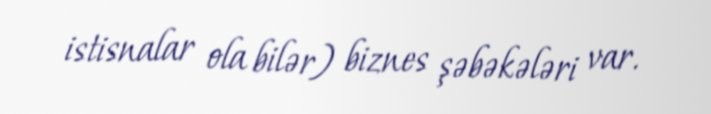
istisnalar ola bilər) biznes şəbəkələri var.